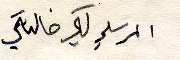
المرسلي لكي خالةي